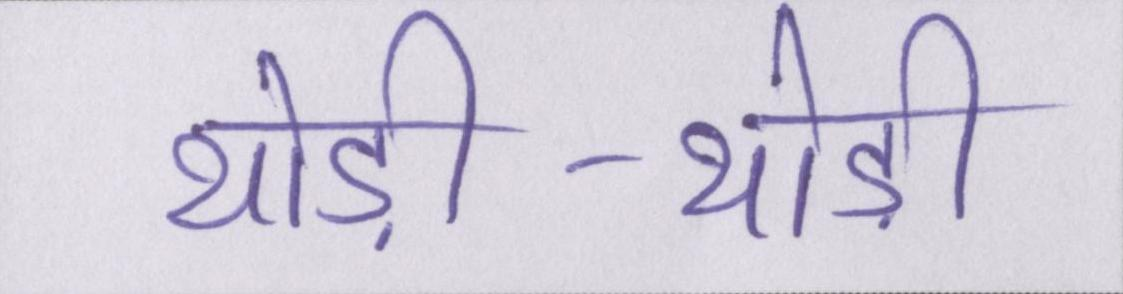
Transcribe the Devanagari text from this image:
थोड़ी-थोड़ी